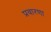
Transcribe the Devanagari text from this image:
प्रवारणा